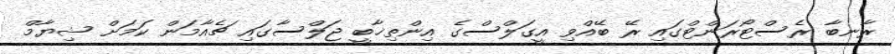
ރާނބާ ރެސްޓޯރަންޓްގައި ރޭ ބޭއްވި އީގަލްސްގެ އިންތިޚާބީ ޖަލްސާގައި ޗެއާމަން ކަމަށް ޝިޔާމް